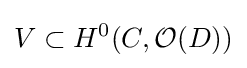
V\subset H^{0}(C,{\mathcal {O}}(D))